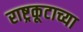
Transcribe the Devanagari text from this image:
राष्ट्रकूटाच्या